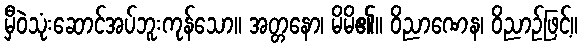
မှီဝဲသုံးဆောင်အပ်ဘူးကုန်သော။ အတ္တနော၊ မိမိ၏။ ဝိညာဏေန၊ ဝိညာဉ်ဖြင့်။